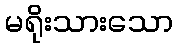
မရိုးသားသော